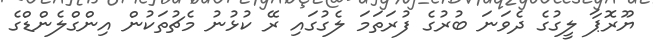
ޔޫރޮޕާ ލީގުގެ ދެވަނަ ބުރުގެ ފުރަތަމަ ލެގުގައި ރޭ ކުޅުނު މެޗުތަކުން އިންގްލެންޑްގެ